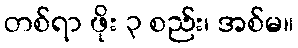
တစ်ရာ ဖိုး ၃ စည်း၊ အစ်မ။